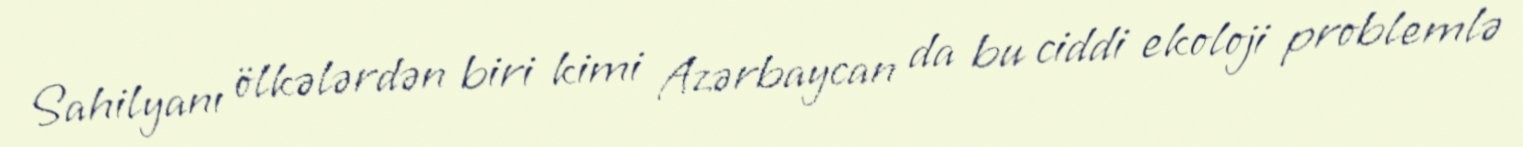
Sahilyanı ölkələrdən biri kimi Azərbaycan da bu ciddi ekoloji problemlə